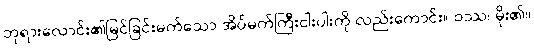
ဘုရားလောင်း၏မြင်ခြင်းမက်သော အိပ်မက်ကြီးငါးပါးကို လည်းကောင်း။ ဝဿ၊ မိုး၏။